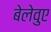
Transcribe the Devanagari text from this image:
बेलेवुए